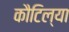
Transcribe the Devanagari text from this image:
कौटिल्या